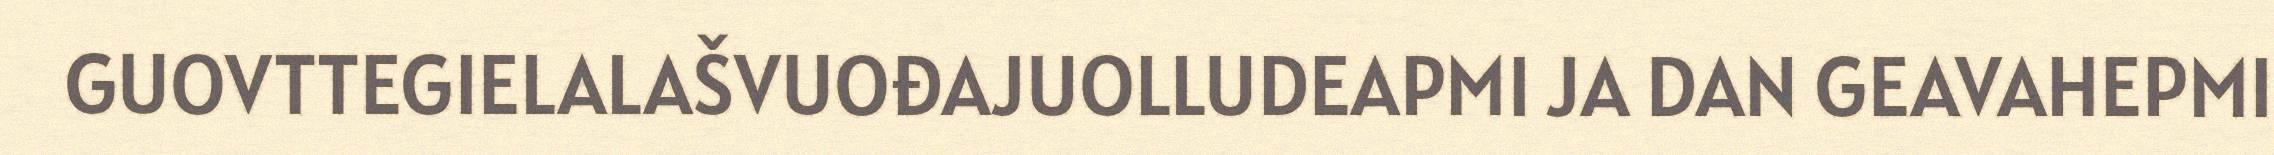
GUOVTTEGIELALAŠVUOĐAJUOLLUDEAPMI JA DAN GEAVAHEPMI